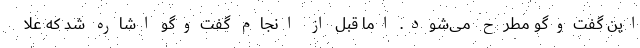
این گفت‌وگو مطرح می‌شود. اما قبل از انجام گفت‌وگو اشاره شد که علا